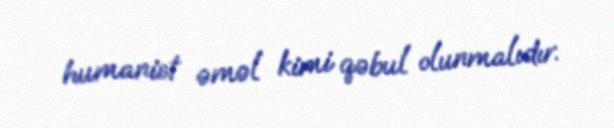
humanist əməl kimi qəbul olunmalıdır.